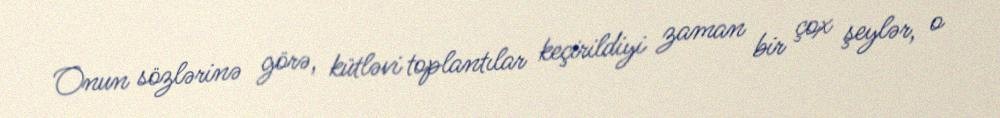
Onun sözlərinə görə, kütləvi toplantılar keçirildiyi zaman bir çox şeylər, o